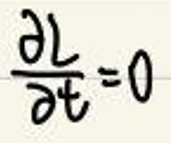
$\frac{\partial L}{\partial t} = 0$